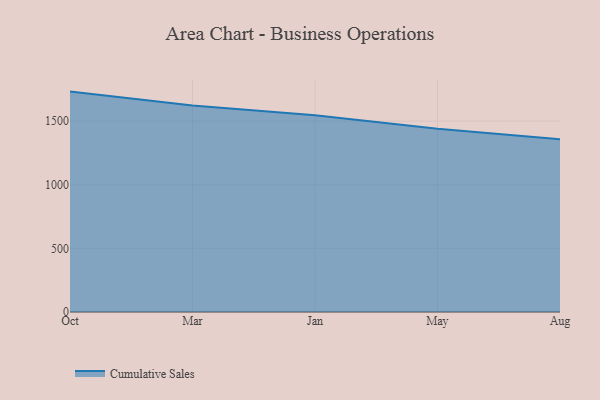
{"axis": {"x": "Month", "y": "Budget (USD K)"}, "legend": ["Cumulative Sales"], "data": [{"x": "Oct", "y": 1731.7, "type": "Cumulative Sales"}, {"x": "Mar", "y": 1623.1, "type": "Cumulative Sales"}, {"x": "Jan", "y": 1545.9, "type": "Cumulative Sales"}, {"x": "May", "y": 1439.0, "type": "Cumulative Sales"}, {"x": "Aug", "y": 1358.1, "type": "Cumulative Sales"}]}